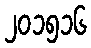
၂၀၁၅၁၆